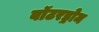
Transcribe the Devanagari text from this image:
वॉटरड्रोम